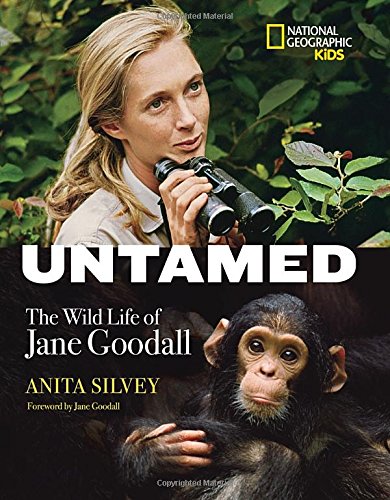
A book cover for Untamed: The Wild Life of Jane Goodall; Anita Silvey; Children's Books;